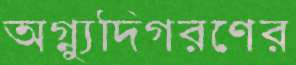
অগ্ন্যুদিগরণের